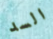
السد